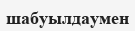
шабуылдаумен